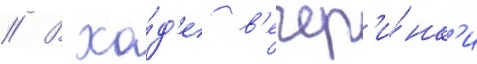
// В хо́д'е в'ечер'и́нк'и